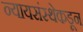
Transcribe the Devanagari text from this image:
न्यायसंस्थेकडून